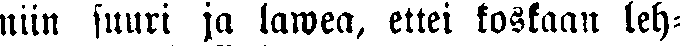
niin suuri ja lawea, ettei koskaan leh-